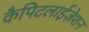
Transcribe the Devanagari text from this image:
कैपिटलाईज़ेशन